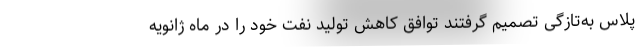
پلاس به‌تازگی تصمیم گرفتند توافق کاهش تولید نفت خود را در ماه ژانویه